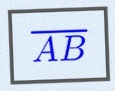
\overline{AB}